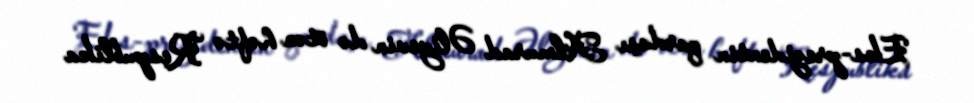
Eks-prezidentin qardaşı Almurad Əliyevin də ötən həftə Respublika